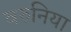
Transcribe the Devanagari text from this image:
वरुनिया